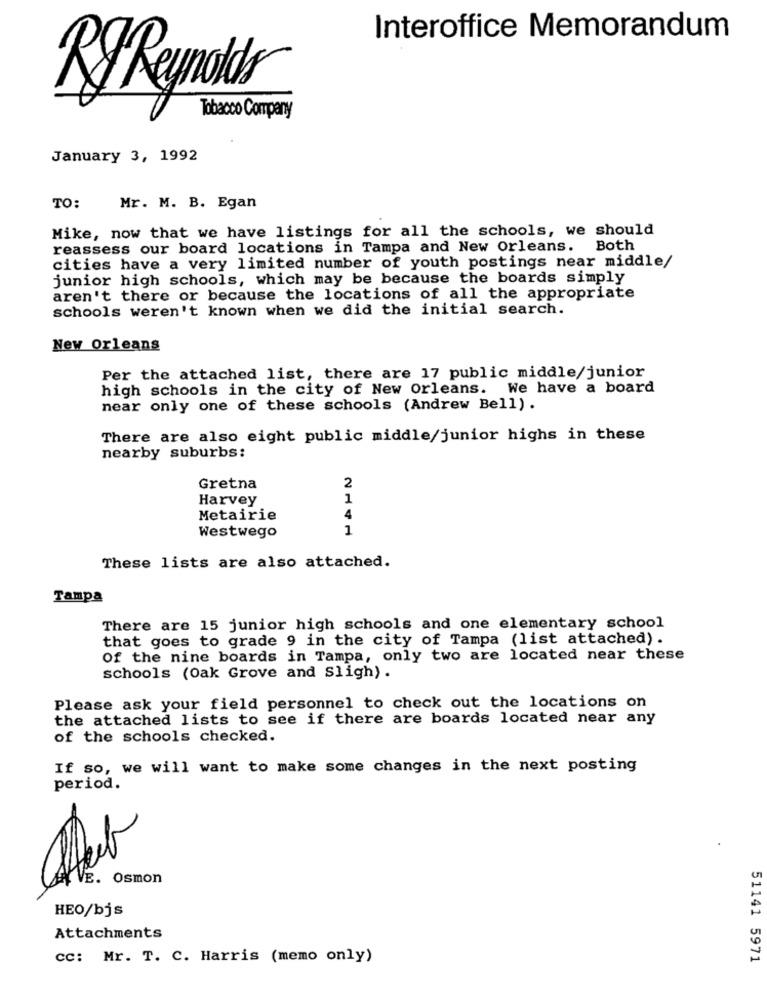
Interoffice Memorandum
Ry Reynolds
Tobacco Company
January 3, 1992
TO:
Mr. M. B. Egan
Mike, now that we have listings for all the schools, we should
reassess our board locations in Tampa and New Orleans. Both
cities have a very limited number of youth postings near middle/
junior high schools, which may be because the boards simply
aren't there or because the locations of all the appropriate
schools weren't known when we did the initial search.
New Orleans
Per the attached list, there are 17 public middle/junior
high schools in the city of New Orleans. We have a board
near only one of these schools (Andrew Bell).
There are also eight public middle/junior highs in these
nearby suburbs:
2
Gretna
Harvey
1
Metairie
4
Westwego
1
These lists are also attached.
Tampa
There are 15 junior high schools and one elementary school
that goes to grade 9 in the city of Tampa (list attached).
Of the nine boards in Tampa, only two are located near these
schools (Oak Grove and Sligh) .
Please ask your field personnel to check out the locations on
the attached lists to see if there are boards located near any
of the schools checked.
If so, we will want to make some changes in the next posting
period.
Affect
E. Osmon
HEO/bjs
Attachments
cc: Mr. T. C. Harris (memo only)
51141 5971